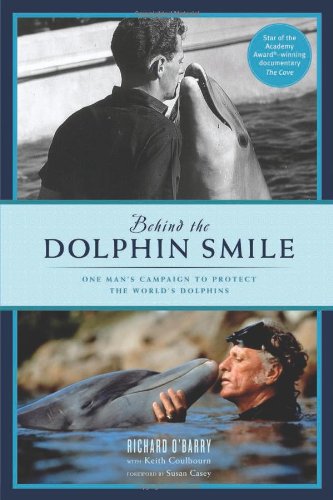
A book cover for Behind the Dolphin Smile: One Man's Campaign to Protect the World's Dolphins; Richard O'Barry; Science & Math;